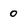
Character: 0